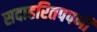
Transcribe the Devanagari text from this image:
सदाहरितपपर्णी